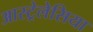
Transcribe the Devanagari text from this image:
आस्ट्रेलेसिया